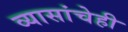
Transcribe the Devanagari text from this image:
व्यासांचेही